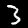
Digit: 3